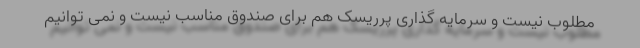
مطلوب نیست و سرمایه گذاری پرریسک هم برای صندوق مناسب نیست و نمی توانیم